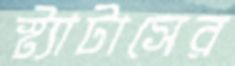
স্ট্যাটাসের